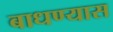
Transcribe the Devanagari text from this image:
बाधण्यास